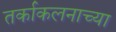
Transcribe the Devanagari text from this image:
तर्काकलनाच्या